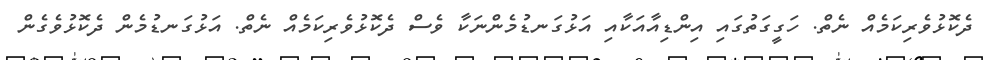
ދެކޮޅުވެރިކަމެއް ނެތް. ހަގީގަތުގައި އިންޑިއާއަކާއި އަޅުގަނޑުމެންނަކާ ވެސް ދެކޮޅުވެރިކަމެއް ނެތް. އަޅުގަނޑުމެން ދެކޮޅުވެގެން